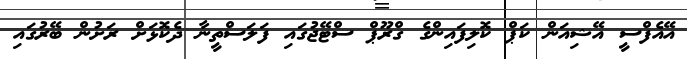
އޭއެފްސީ އޭޝިއަން ކަޕް ކޮލިފައިންގެ ގްރޫޕް ސްޓޭޖުގައި ފަލަސްތީނާ ދެކޮޅަށް ރަށުން ބޭރުގައި